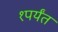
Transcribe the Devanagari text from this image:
१पर्यंत